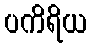
ပကိရိယ